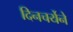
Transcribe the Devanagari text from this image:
दिनचर्येने